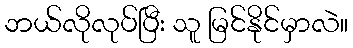
ဘယ်လိုလုပ်ပြီး သူ မြင်နိုင်မှာလဲ။